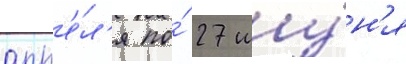
апр'е́л'я по́ 27 иу́н'я